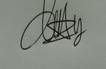
Signature authenticity: genuine